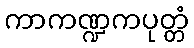
ကာကဏ္ဍကပုတ္တံ